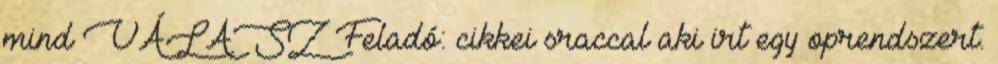
mind VÁLASZ Feladó: cikkei sraccal aki irt egy oprendszert.